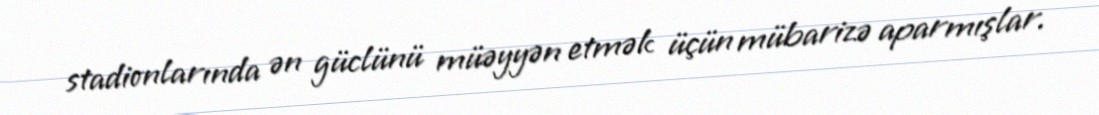
stadionlarında ən güclünü müəyyən etmək üçün mübarizə aparmışlar.